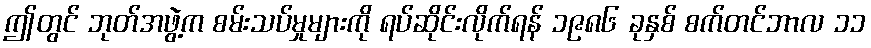
ဤတွင် ဘုတ်အဖွဲ့က စမ်းသပ်မှုများကို ရပ်ဆိုင်းလိုက်ရန် ၁၉၈၆ ခုနှစ် စက်တင်ဘာလ ၁၁